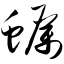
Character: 蛎